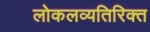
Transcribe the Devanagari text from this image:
लोकलव्यतिरिक्त